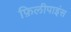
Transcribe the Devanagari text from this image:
फ़िलीपाइंस